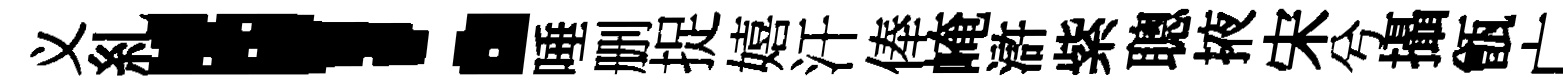
义糺！唾删捉嬉汗俸崦滸紫聰掖宋兮攝甑亡